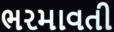
ભરમાવતી